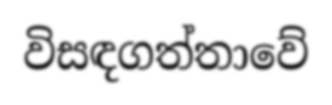
විසඳගත්තාවේ